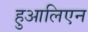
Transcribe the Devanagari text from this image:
हुआलिएन